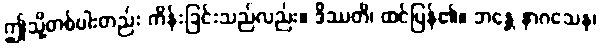
ဤသို့တစ်ပါးတည်း ကိန်းခြင်းသည်လည်း။ ဒိဿတိ၊ ထင်ပြန်၏။ ဘန္တေ နာဂသေန၊